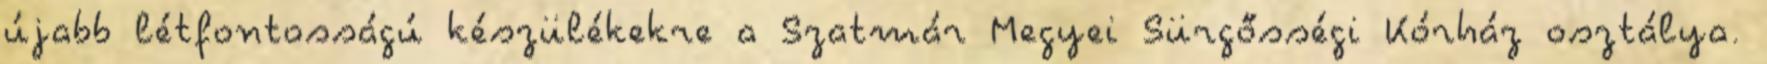
újabb létfontosságú készülékekre a Szatmár Megyei Sürgősségi Kórház osztálya.